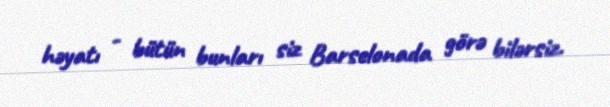
həyatı - bütün bunları siz Barselonada görə bilərsiz.